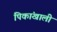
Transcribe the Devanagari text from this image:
पिकांखाली